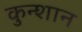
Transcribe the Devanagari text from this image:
कुन्शान